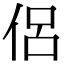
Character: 侶